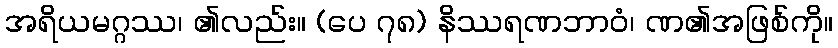
အရိယမဂ္ဂဿ၊ ၏လည်း။ (ပေ ၇၈) နိဿရဏဘာဝံ၊ ဏ၏အဖြစ်ကို။